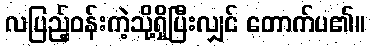
လပြည့်ဝန်းကဲ့သို့ရှိပြီးလျှင် တောက်ပ၏။